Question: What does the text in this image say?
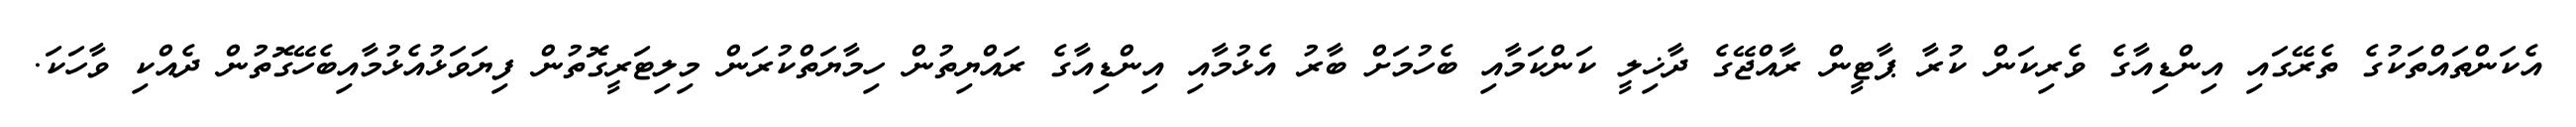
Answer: އެކަންތައްތަކުގެ ތެރޭގައި އިންޑިއާގެ ވެރިކަން ކުރާ ޕާޓީން ރާއްޖޭގެ ދާޚިލީ ކަންކަމާއި ބެހުމަށް ބާރު އެޅުމާއި އިންޑިއާގެ ރައްޔިތުން ހިމާޔަތްކުރަން މިލިޓަރީގޮތުން ފިޔަވަޅުއެޅުމާއިބެހޭގޮތުން ދެއްކި ވާހަކަ.